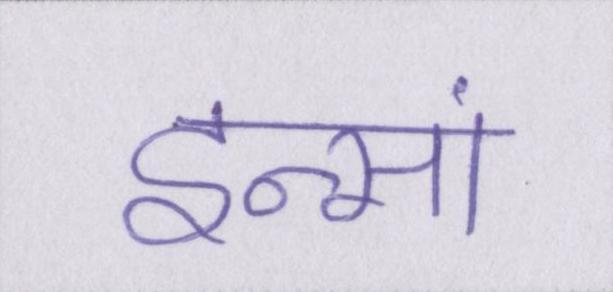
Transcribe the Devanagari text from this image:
इन्सां